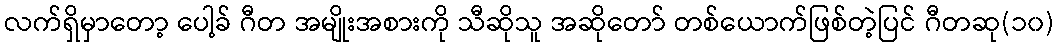
လက်ရှိမှာတော့ ပေါ့ခ် ဂီတ အမျိုးအစားကို သီဆိုသူ အဆိုတော် တစ်ယောက်ဖြစ်တဲ့ပြင် ဂီတဆု(၁၀)